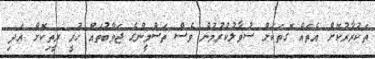
ތަކުރާރުކޮށް އެތައް ގޮތަކަށް ސުވާލުކުރުމުން ވެސް ތަސްމީންގެ ޖަވާބުތައް ހުރީ ރީތިކޮށް އަދި